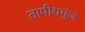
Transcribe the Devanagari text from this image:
तापीयपुंज